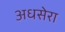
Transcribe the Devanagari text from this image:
अधसेरा